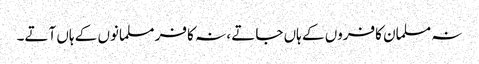
نہ مسلمان کافروں کے ہاں جاتے ، نہ کافر مسلمانوں کے ہاں آتے۔